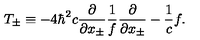
T _ { \pm } \equiv - 4 { \hbar } ^ { 2 } c \frac { \partial } { \partial x _ { \pm } } \frac { 1 } { f } \frac { \partial } { \partial x _ { \pm } } - \frac { 1 } { c } f .